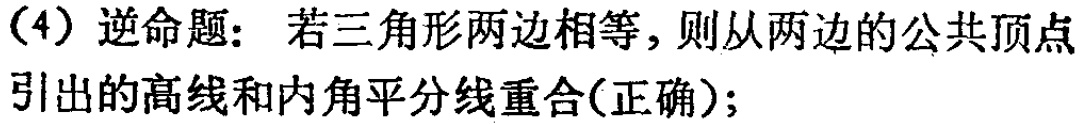
（4）逆命题：若三角形两边相等，则从两边的公共顶点引出的高线和内角平分线重合(正确)；